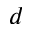
d